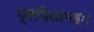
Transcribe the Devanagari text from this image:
प्रपितामहः।